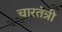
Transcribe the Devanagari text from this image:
चारतंत्री